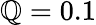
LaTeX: \mathbb{Q}=0.1